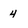
Character: 4